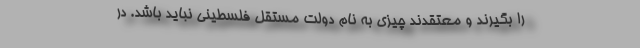
را بگیرند و معتقدند چیزی به نام دولت مستقل فلسطینی نباید باشد. در